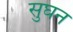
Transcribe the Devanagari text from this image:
सुघन